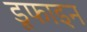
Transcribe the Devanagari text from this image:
डूफाइन